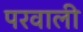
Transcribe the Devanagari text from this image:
परवाली